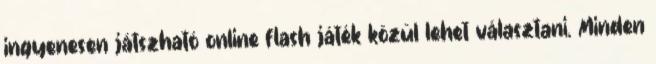
ingyenesen játszható online flash játék közül lehet választani. Minden